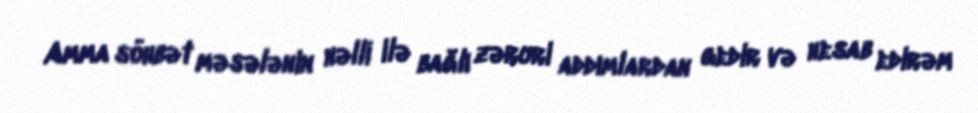
Amma söhbət məsələnin həlli ilə bağlı zəruri addımlardan gedir və hesab edirəm